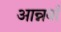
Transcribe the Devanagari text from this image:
आन्नबाँ